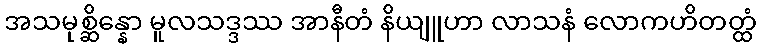
အသမုစ္ဆိန္နော မူလသဒ္ဒဿ အာနီတံ နိယျူဟာ လာသနံ လောကဟိတတ္ထံ